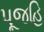
પૂજહિ